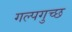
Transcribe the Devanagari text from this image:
गल्पगुच्छ